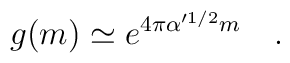
g(m) \simeq  e^{4 \pi \alpha^{\prime 1/2} m }  \quad .